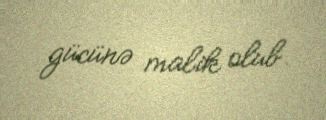
gücünə malik olub.